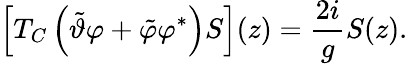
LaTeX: \left\lbrack T_{C}\left(\tilde{\vartheta}\varphi+\tilde{\varphi}\varphi^{\ast}\right)S\right\rbrack(z)=\frac{2i}{g}S(z).